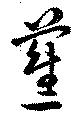
蕉